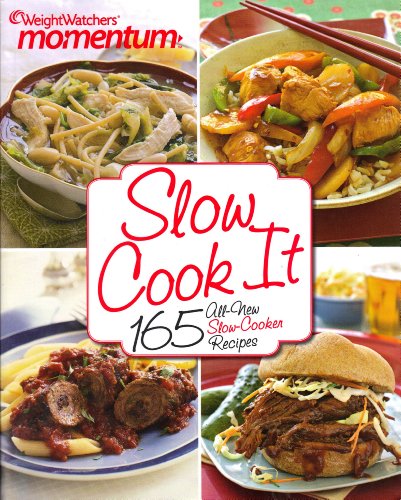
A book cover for Weight Watchers Momentum Slow Cook It: 165 All-New Slow-Cooker Recipes Cookbook; Health, Fitness & Dieting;